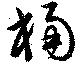
桶